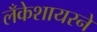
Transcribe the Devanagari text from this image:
लँकेशायरने